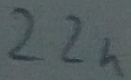
Text: 22n